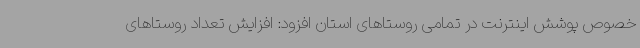
خصوص پوشش اینترنت در تمامی روستاهای استان افزود: افزایش تعداد روستاهای